Bréfritari: Þórunn Magnúsdóttir
Viðtakandi: Halldór Jónsson
Dagsetning: A-1871-01-17
Skrifað á: Kirkjubæ í Tungu  N-Múl.

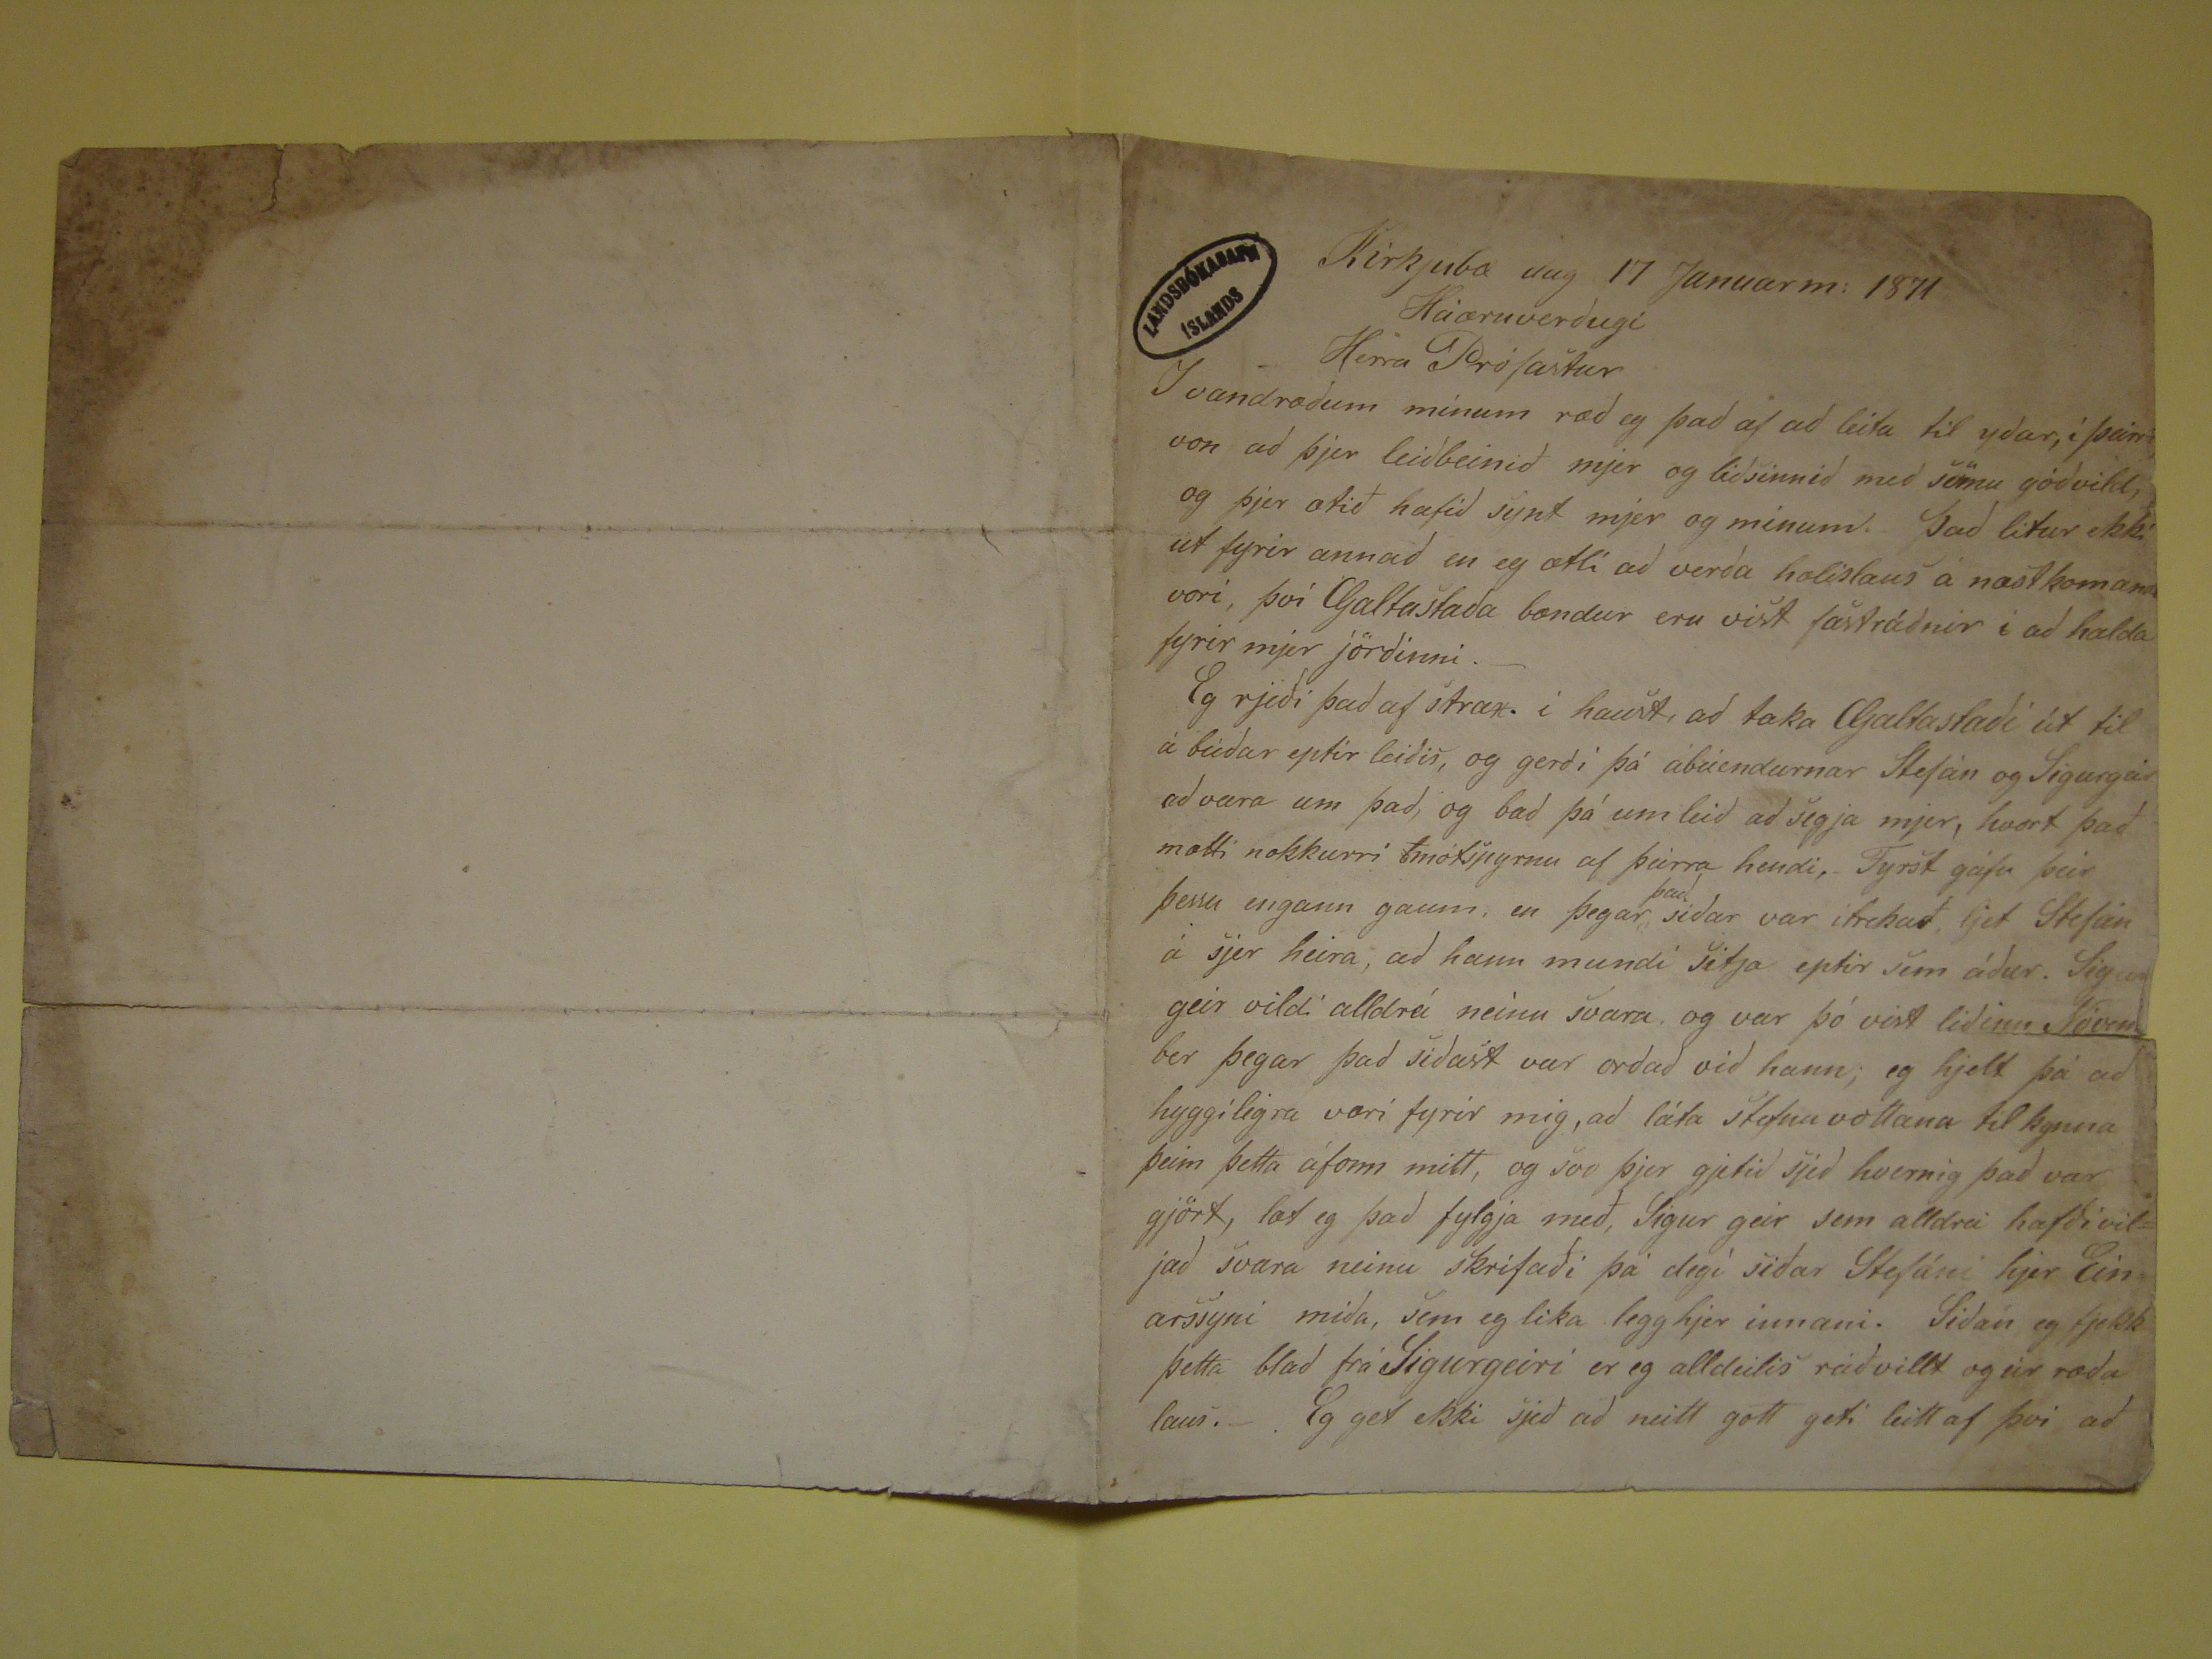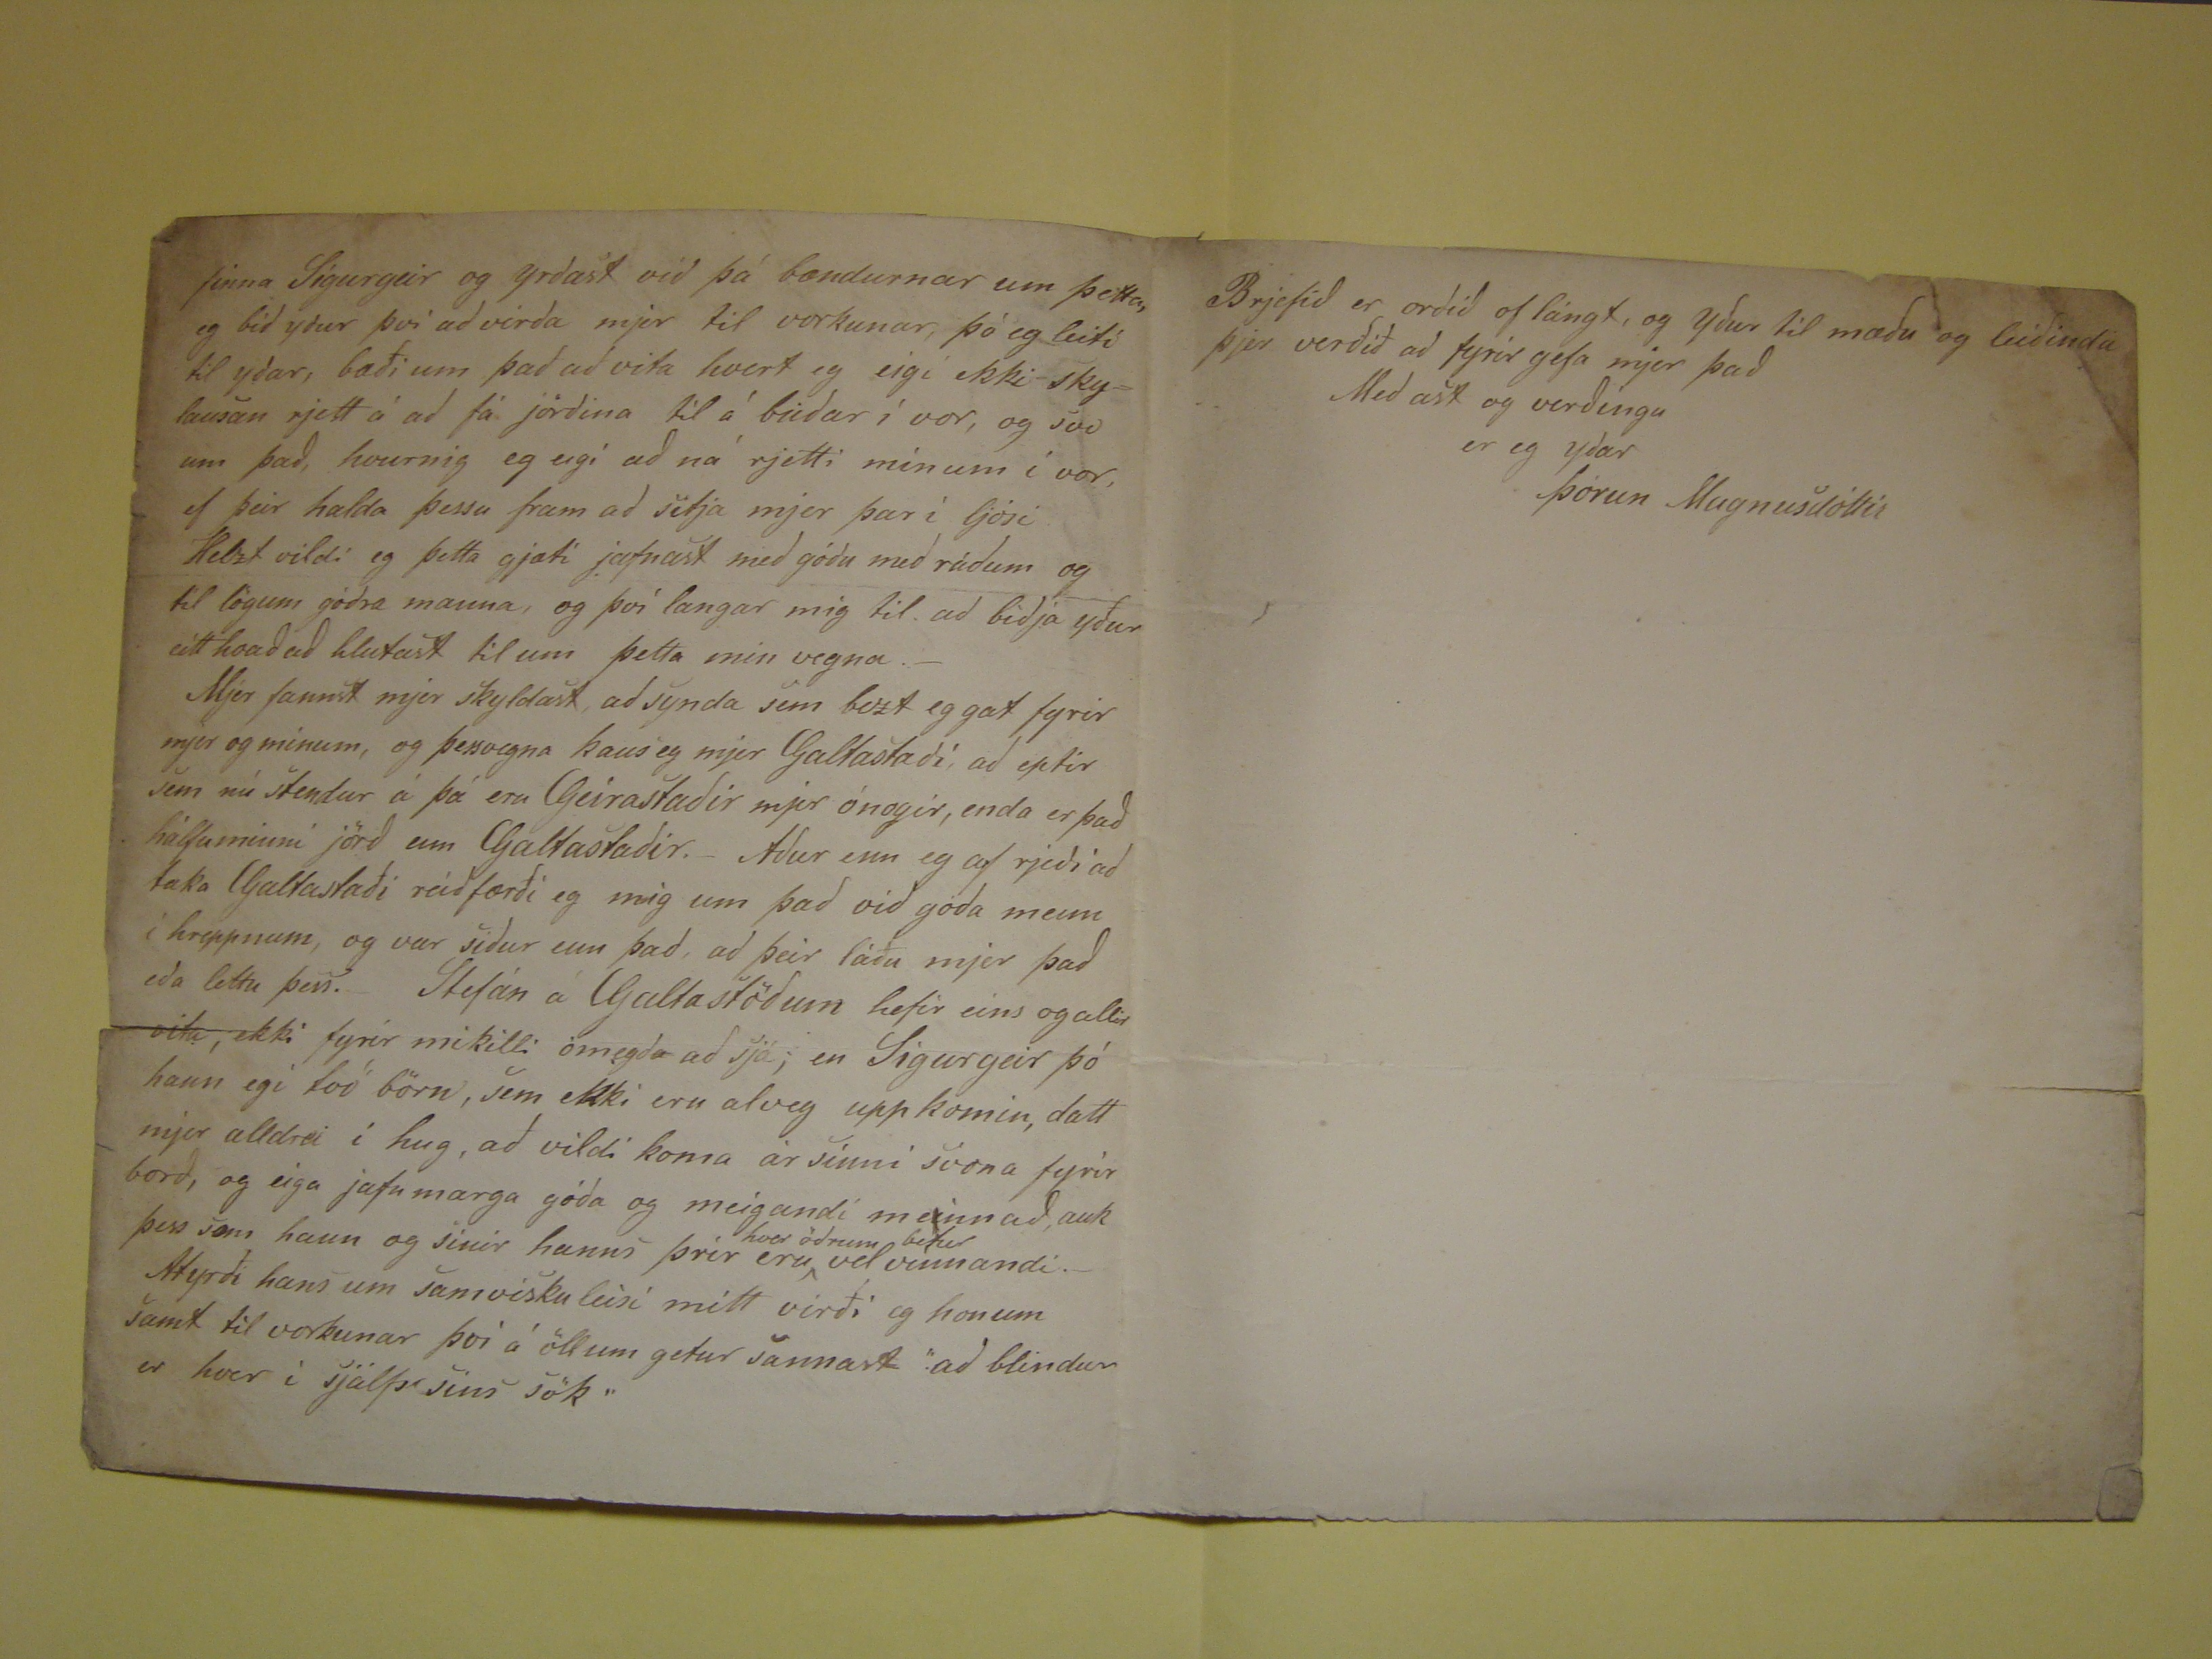

Kirkjubæ dag 17 Januarm: 1871
Háæruverugi
Herra Prófastur
I vandræðum mínum ræð eg það af að léita til yðar, í þeirri vona ð þjer leiðbeinið mjer og liðsinnið með sömu góðvild, og þjer ætið hafið sýnt mjer og mínum.
Það litur ekki ut fyrir annað en eg ætli að verða hælislaus á næstkomandi vori, því Galtastaða bændur eru vist fastráðnir i að halda fyrirmjer jörðinni. Eg rjeði það
af strax. í haust, að taka Galtastaði út til á búðar eptir leiðis, og gerði þá ábúendurnar Stefán og Sigurgeir að vara um það, og bað þá um leið að segja mjer, hvort
það mætti nokkurri
t
mótspyrnu af þeirra hendi, Fyrst gáfu þeir þessu engann gaum, en þegar
place="supralinear">það
siðar var itrekað, ljet Stefán á sjer heira, að hann mundi sitja eptir sem áður. Sigurgeir vildi alldrei neinu svara, og var þó vist liðinn
Nóvember þegar það siðast var orðað við hann; eg hjelt þá að hyggilegra væri fyrir mig, að láta stofna vottana til kynna þeim þetta áform mitt, og svo þjer gjetið sjeð
hvernig það var gjört, læt eg það fylgja með, Sigur geir sem alldrei hafði viljað svara neinu skrifaði þá degi siðar Stefáni hjer Einarssyni miða, sem eg lika legg hjer
innani. Siðan eg fjekk þetta blað frá Sigurgeiri er eg alldeilis ráðvillt og úr ræða laus. Eg get ekkik sjeð að neitt gott geti leitt af því að
finna Sigurgeir og yrðast við þá bændurnar um þetta, eg bið yður því að virða mjer til vorkunar, þó eg leiti til yðar, bæði um það að vita hvert eg eigi ekki skylausan
rjett á að fá jörðina til á búðar í vor, og svo um það, hvernig eg eigi að ná rjetti mínum í vor, ef þeir halda þessu fram að setja mjer þar í ljósi Helst vildi eg þetta gjæti
jafnast með góðu með ráðum og til lögum góðra manna, og því langar mig til að biðja yður eitt hvað að hlutast til um þetta min vegna.- Mjer fannst mjer skyldast, að
synda sem bezt eg gat fyrir mjer og mínum, og þessvegna kaus eg mjer Galtastaði, að eptir sem nú stendur á þá eru Geirastaðir mjer ónogir, enda er það hálfuminni
jörð enn Galtastaðir.- Aður enn eg af rjeði að taka Galtastaði ráðfærði eg mig um það við góða menn í hreppnum, og var siður um það, að þeir láðu mjer það eða
lettu þess. Stefán á Galtastöðum hefir eins og allir vita, ekki fyrir mikilli ómegð
a
að sjá; en Sigurgeir þó hann egi tvö
börn, sem ekki eru alveg uppkomin, datt mjer alldrei í hug, að vildi koma ár sinni svona fyrir borð, og eiga jafn marga góða og meigandi me
rend="overstrike">i
nn að, auk þess sem hann og sinir hanns þrír eru
hver öðrum betur
vel vinnandi. Atyrði
hans um samvisku leisi mitt virði eg honum samt til vorkunnar því á öllum getur sannast "að blindur er hver í sjálfs sins sök"
Brjefið er orðið og lángt, og yður til mæðu og leiðinda þjer verðið að fyrir gefa mjer það
Með ást og verðingu
er eg yðar
Þórunn Magnusdóttir